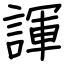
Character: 諢